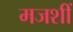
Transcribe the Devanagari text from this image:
मजशीं